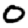
Digit: 0